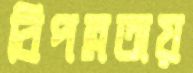
বিপন্নতায়